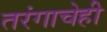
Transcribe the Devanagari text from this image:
तरंगाचेही